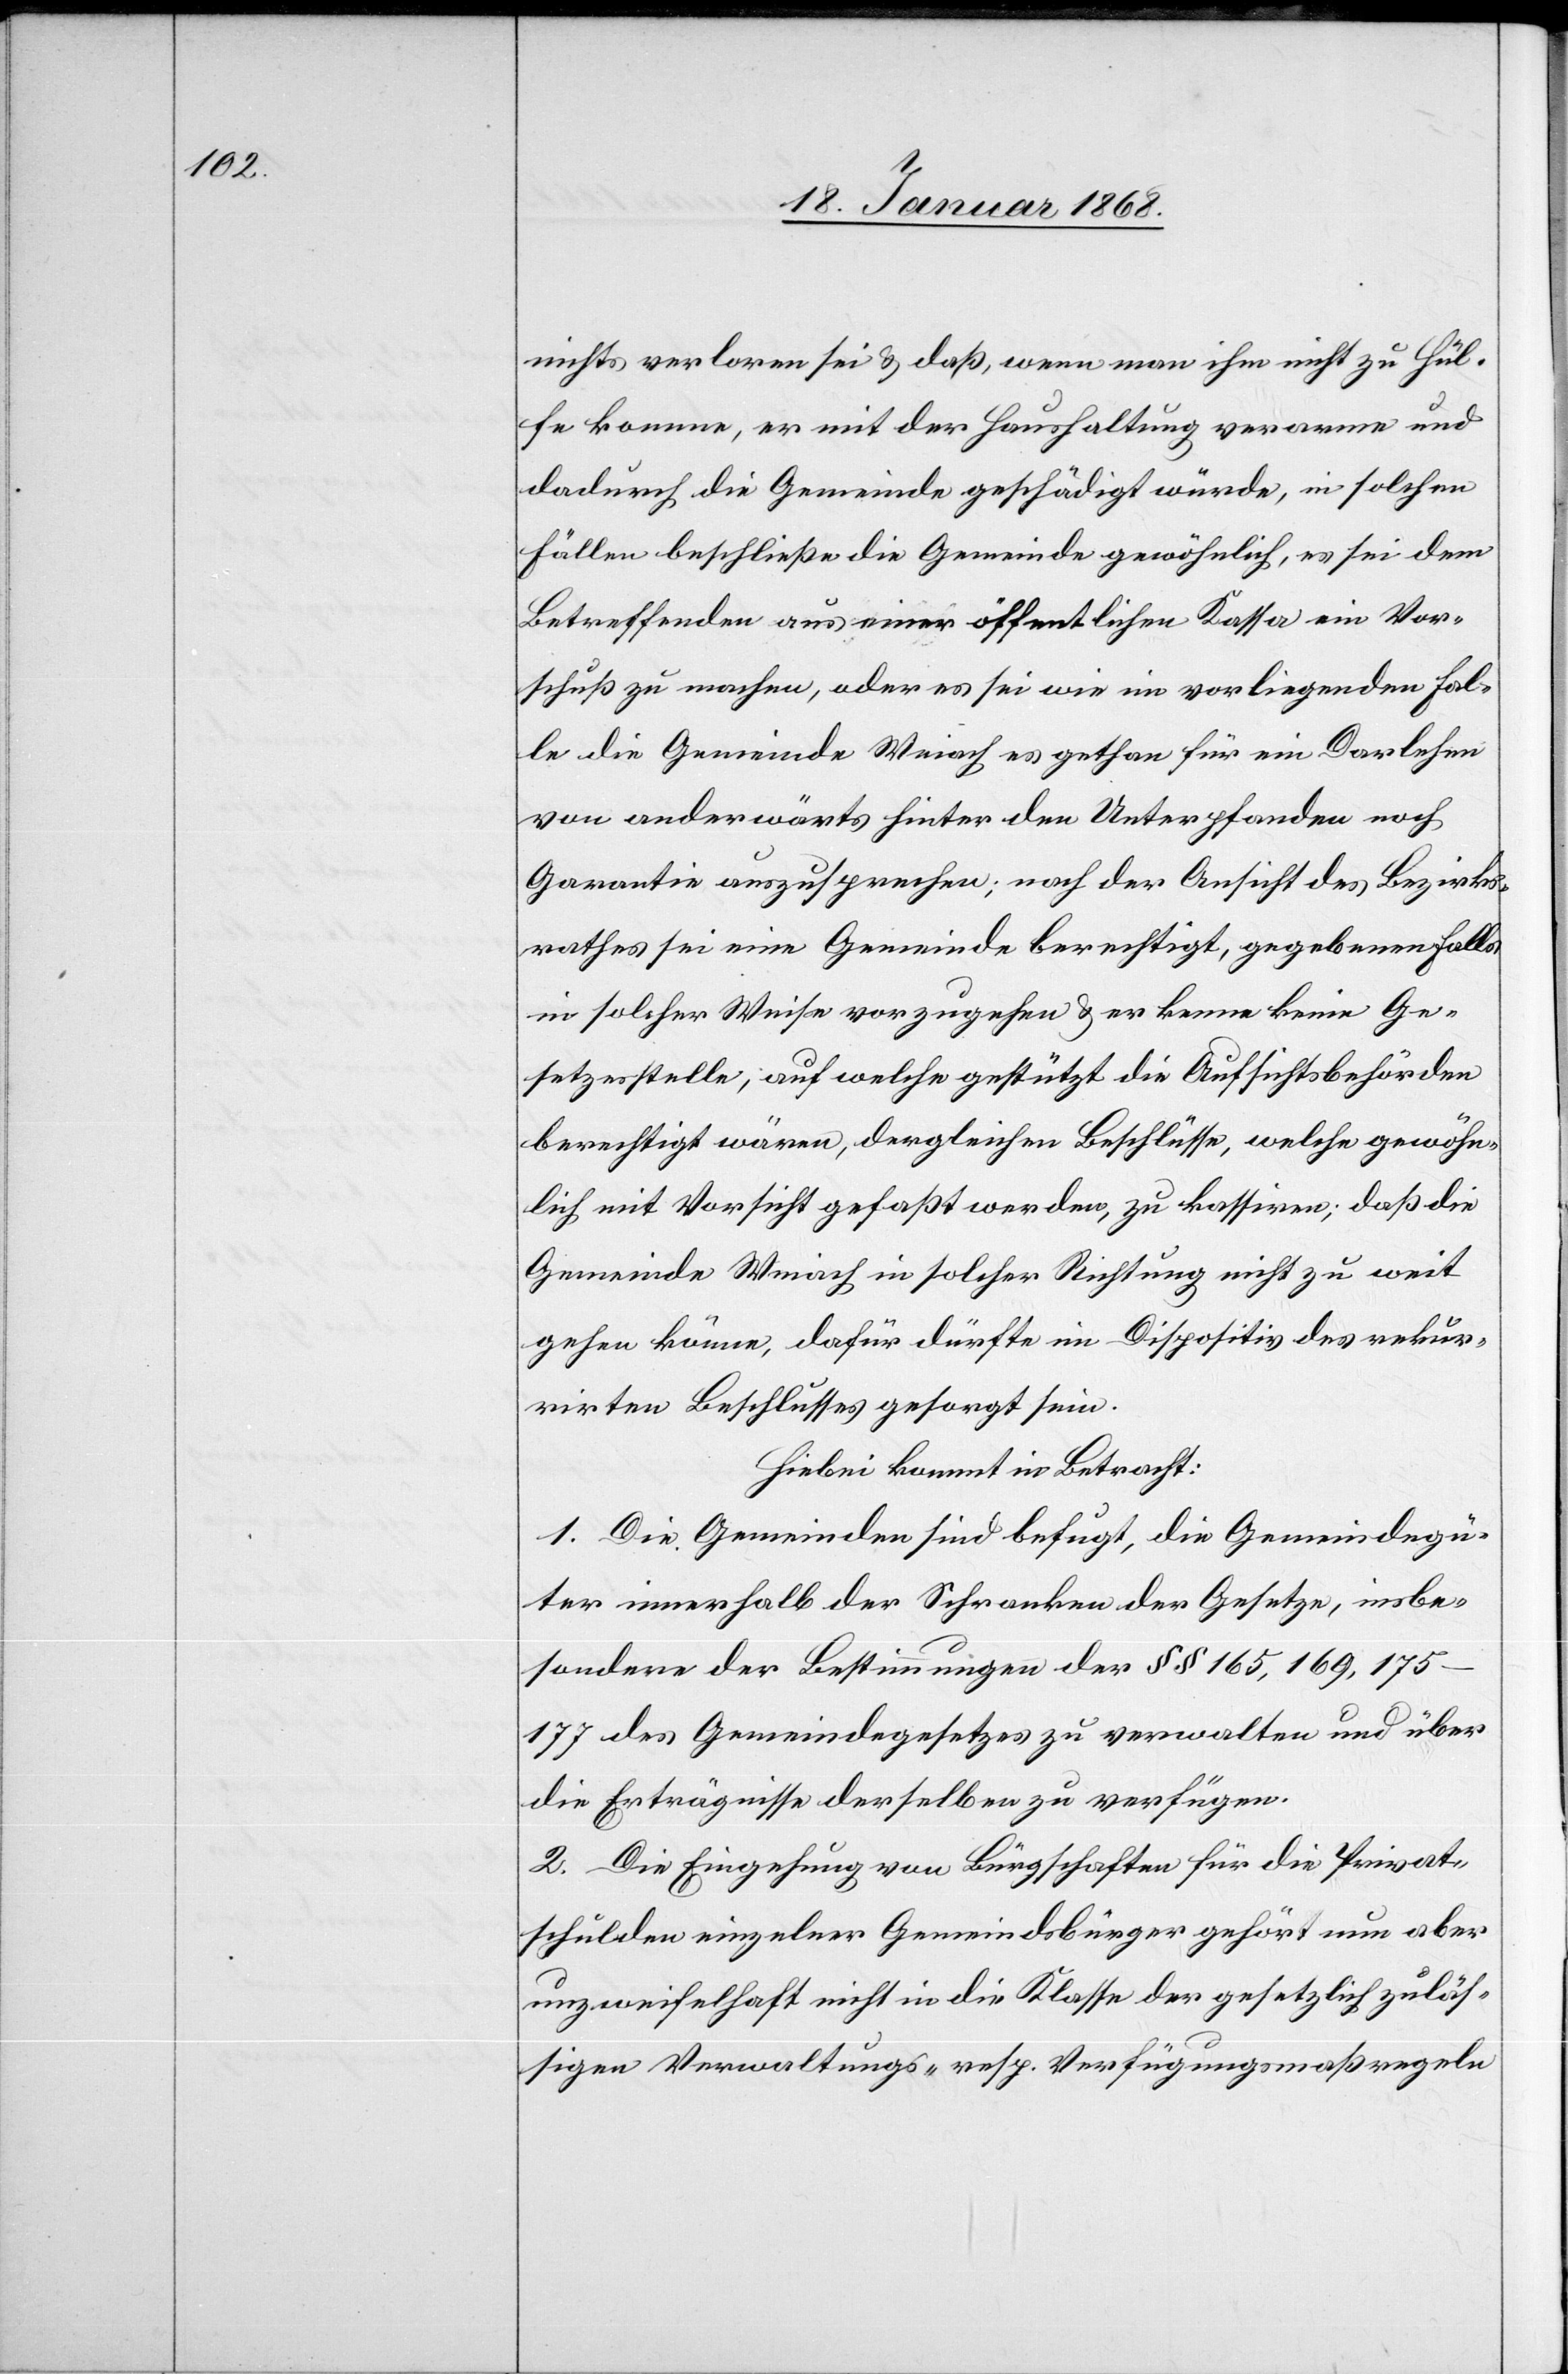
nichts verloren sei & daß, wenn man ihm nicht zu Hül¬
fe komme, er mit der Haushaltung verarme und
dadurch die Gemeinde geschädigt würde, in solchen
Fällen beschließe die Gemeinde gewöhnlich, es sei dem
Betreffenden aus einer öffentlichen Kassa ein Vor¬
schuß zu machen, oder es sei wie im vorliegenden Fal¬
le die Gemeinde Weiach es gethan für ein Darlehen
von anderwärts hinter den Unterpfanden noch
Garantie auszusprechen; nach der Ansicht des Bezirks¬
rathes sei eine Gemeinde berechtigt, gegebenen Falls
in solcher Weise vorzugehen & er kenne keine Ge¬
setzesstelle, auf welche gestützt die Aufsichtsbehörden
berechtigt wären, dergleichen Beschlüsse, welche gewöhn¬
lich mit Vorsicht gefaßt werden, zu kassiren; daß die
Gemeinde Weiach in solcher Richtung nicht zu weit
gehen könne, dafür dürfte im Dispositiv des rekur¬
rirten Beschlusses gesorgt sein.
Hiebei kommt in Betracht:
1. Die Gemeinden sind befugt, die Gemeindegü¬
ter innerhalb der Schranken der Gesetze, insbe¬
sondere der Bestimmungen der §§ 165, 169,
175–177 des Gemeindegesetzes zu verwalten und über
die Erträgnisse derselben zu verfügen.
2. Die Eingehung von Bürgschaften für die Privat¬
schulden einzelner Gemeindsbürger gehört nun aber
unzweifelhaft nicht in die Klasse der gesetzlich zuläs¬
sigen Verwaltungs- resp. Verfügungsmaßregeln